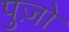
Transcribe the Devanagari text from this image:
पुज़ो